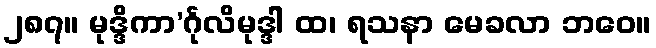
၂၈၇။ မုဒ္ဒိကာ’င်္ဂုလိမုဒ္ဒါ ထ၊ ရသနာ မေခလာ ဘဝေ။